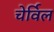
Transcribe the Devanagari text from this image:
चेर्विल